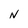
Character: N